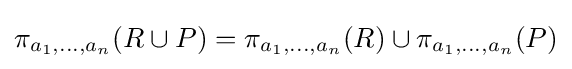
\pi _{a_{1},\ldots ,a_{n}}(R\cup P)=\pi _{a_{1},\ldots ,a_{n}}(R)\cup \pi _{a_{1},\ldots ,a_{n}}(P)